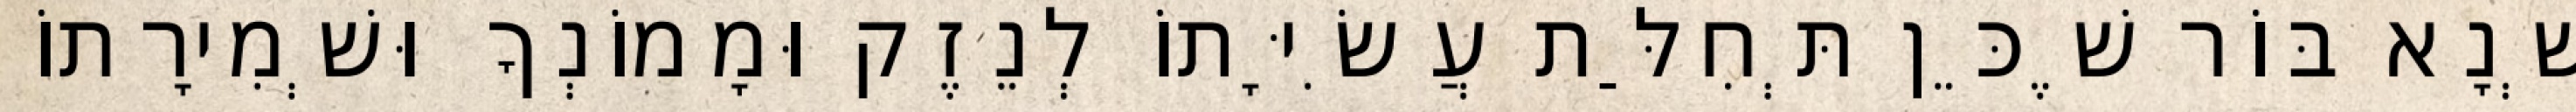
שְׁנָא בּוֹר שֶׁכֵּן תְּחִלַּת עֲשִׂיָּתוֹ לְנֵזֶק וּמָמוֹנְךָ וּשְׁמִירָתוֹ